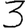
Digit: 3